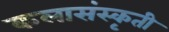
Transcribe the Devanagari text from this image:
कलासंस्कृती